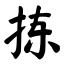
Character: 拣